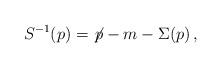
LaTeX: \begin{align*} S^{-1}(p) = {\not\! p} - m - \Sigma(p)\, ,\end{align*}